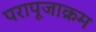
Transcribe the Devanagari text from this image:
परापूजाक्रम